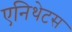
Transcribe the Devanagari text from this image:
एनिथेटस